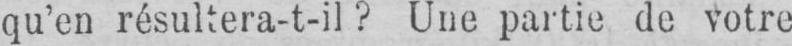
qu’en résultera-t-il? Une partie de votre